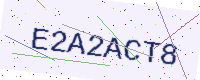
Text: E2A2ACT8